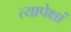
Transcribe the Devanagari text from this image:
त्यापेक्षां